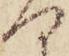
何